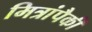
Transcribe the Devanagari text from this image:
मित्रांपैकी